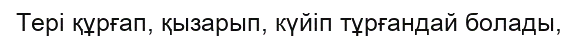
Тері құрғап, қызарып, күйіп тұрғандай болады,